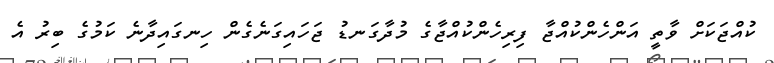
ކުއްޖަކަށް ވާތީ އަންހެންކުއްޖާ ފިރިހެންކުއްޖާގެ މުދާގަނޑު ޖަހައިގަނެގެން ހިނގައިދާނެ ކަމުގެ ބިރު އެ